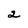
Character: 2